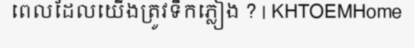
ពេលដែលយើងត្រូវទឹកភ្លៀង ? | KHTOEMHome